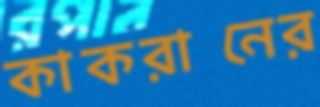
কাকরানের